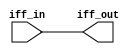

module IFlipFlop(iff_in, iff_out);

input iff_in;
output iff_out;
reg iff_out;

always@(iff_in or !iff_in) begin
	iff_out <= iff_in;
end

endmodule